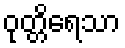
ဝုတ္တိရေသာ